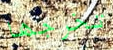
تخرجها